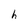
Character: h